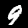
Digit: 9